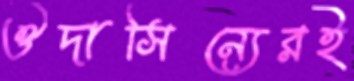
ঔদাসিন্যেরই